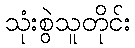
သုံးစွဲသူတိုင်း